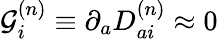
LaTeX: {\cal G}_{i}^{(n)}\equiv\partial_{a}D_{ai}^{(n)}\approx 0